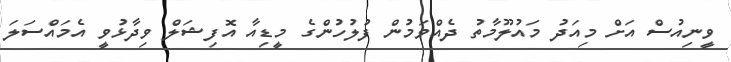
ވީނިއުސް އަށް މިއަދު މައުލޫމާތު ދެއްވަމުން ފުލުހުންގެ މީޑިއާ އޮފިޝަލް ވިދާޅުވީ އެމައްސަލަ